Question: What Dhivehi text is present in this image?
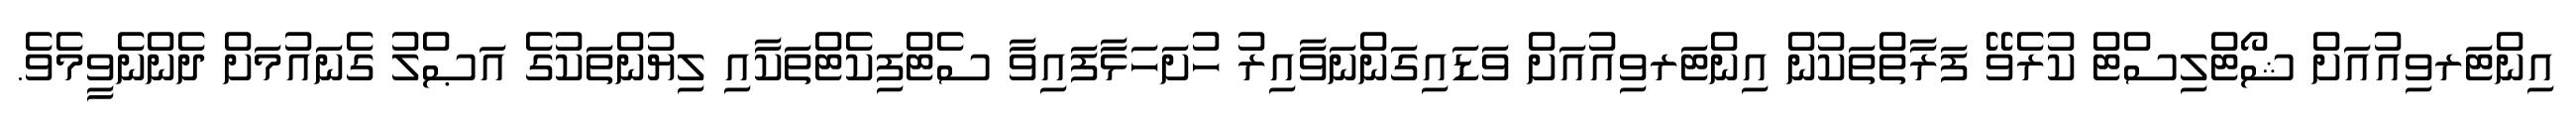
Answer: އިންޓަރވިއުއަށް ޝޯޓްލިސްޓް ކުރެވޭ ފަރާތްތަކުން އިންޓަރވިއުއަށް ވަޑައިގަންނަވާއިރު ހުށަހަޅާފައިވާ ސެޓްފިކެޓްތަކާއި ލިޔުންތަކުގެ އަޞްލު ގެނައުމަށް ދެންނެވީމެވެ.